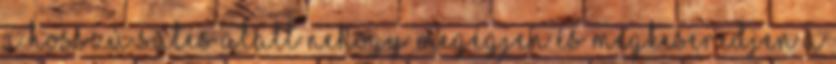
a hosszú sütés alatt nehogy megégjen és megkeseredjen a